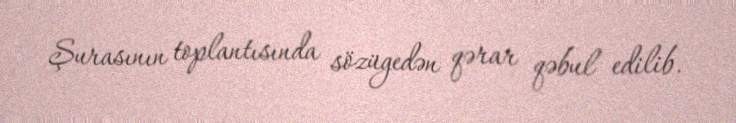
Şurasının toplantısında sözügedən qərar qəbul edilib.